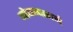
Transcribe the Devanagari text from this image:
गोयन्‍दकाने